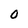
Character: 0